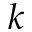
k